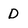
Character: D